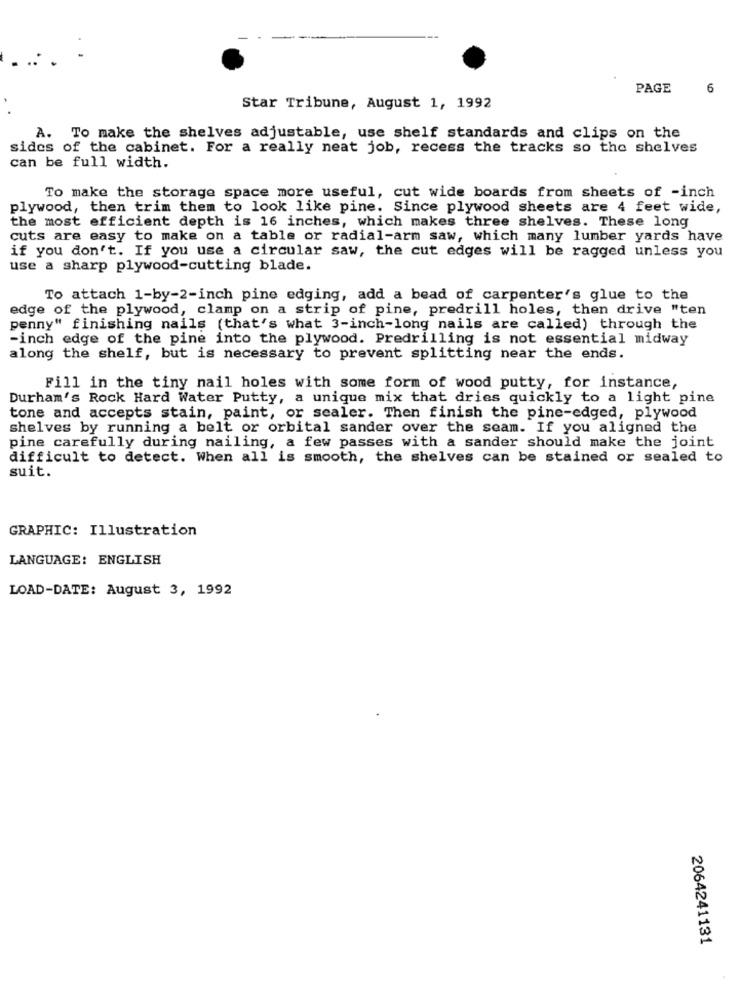
PAGE
6
Star Tribune, August 1, 1992
A. To make the shelves adjustable, use shelf standards and clips on the
sides of the cabinet. For a really neat job, recess the tracks so the shelves
can be full width.
To make the storage space more useful, cut wide boards from sheets of -inch
plywood, then trim them to look like pine. Since plywood sheets are 4 feet wide,
the most efficient depth is 16 inches, which makes three shelves. These long
cuts are easy to make on a table or radial-arm saw, which many lumber yards have
if you don't. If you use a circular saw, the cut edges will be ragged unless you
use a sharp plywood-cutting blade.
To attach 1-by-2-inch pine edging, add a bead of carpenter's glue to the
edge of the plywood, clamp on a strip of pine, predrill holes, then drive "ten
penny" finishing nails (that's what 3-inch-long nails are called) through the
-inch edge of the pine into the plywood. Predrilling is not essential midway
along the shelf, but is necessary to prevent splitting near the ends.
Fill in the tiny nail holes with some form of wood putty, for instance,
Durham's Rock Hard Water Putty, a unique mix that dries quickly to a light pine
tone and accepts stain, paint, or sealer. Then finish the pine-edged, plywood
shelves by running a belt or orbital sander over the seam. If you aligned the
pine carefully during nailing, a few passes with a sander should make the joint
difficult to detect. When all is smooth, the shelves can be stained or sealed to
suit.
GRAPHIC: Illustration
LANGUAGE: ENGLISH
LOAD-DATE: August 3, 1992
2064241131